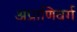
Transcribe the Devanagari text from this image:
अप्राणिवर्ग